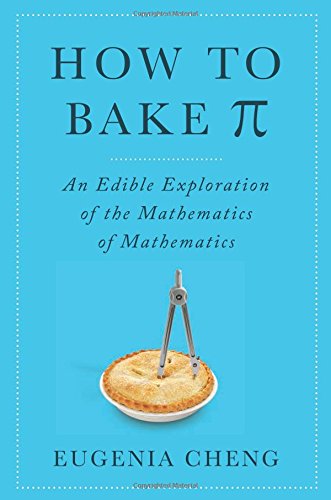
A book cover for How to Bake Pi: An Edible Exploration of the Mathematics of Mathematics; Eugenia Cheng; Science & Math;